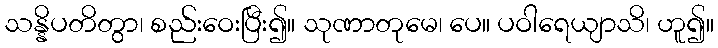
သန္နိပတိတွာ၊ စည်းဝေးပြီး၍။ သုဏာတုမေ၊ ပေ။ ပဝါရေယျာသိ၊ ဟူ၍။